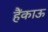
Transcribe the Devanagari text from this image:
हैंकाऊ